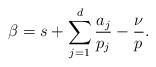
LaTeX: \begin{align*}\beta=s+\sum_{j=1}^d \frac{a_j}{p_j}-\frac{\nu}{p_{}}.\end{align*}